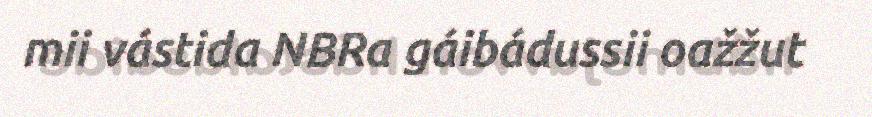
mii vástida NBRa gáibádussii oažžut